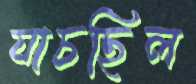
যাচছিল